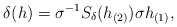
\begin{align*}\delta(h)=\sigma^{-1}S_{\delta}(h_{(2)})\sigma h_{(1)},\end{align*}